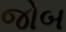
જોબ